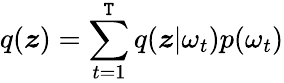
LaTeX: q(\boldsymbol{z})=\sum_{t=1}^{\mathtt{T}}q(\boldsymbol{z}|\omega_{t})p(\omega_{t})